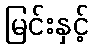
မြင်းနှင့်